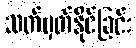
သတ်မှတ်နိုင်ခြင်း